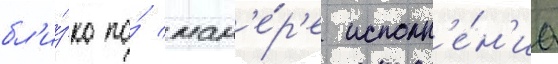
бл'и́зко по́ ман'е́р'е исполн'е́н'иа